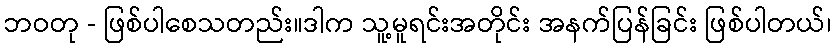
ဘဝတု - ဖြစ်ပါစေသတည်း။ဒါက သူ့မူရင်းအတိုင်း အနက်ပြန်ခြင်း ဖြစ်ပါတယ်၊